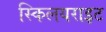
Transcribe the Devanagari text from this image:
स्किलयराइट